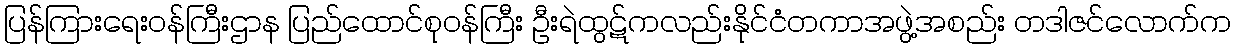
ပြန်ကြားရေးဝန်ကြီးဌာန ပြည်ထောင်စုဝန်ကြီး ဦးရဲထွဋ်ကလည်းနိုင်ငံတကာအဖွဲ့အစည်း တဒါဇင်လောက်က